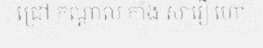
ជ្រៅ កណ្តាល កាំង សាវឿ ហៅ